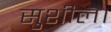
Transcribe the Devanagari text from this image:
सुशील।